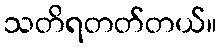
သတိရတတ်တယ်။